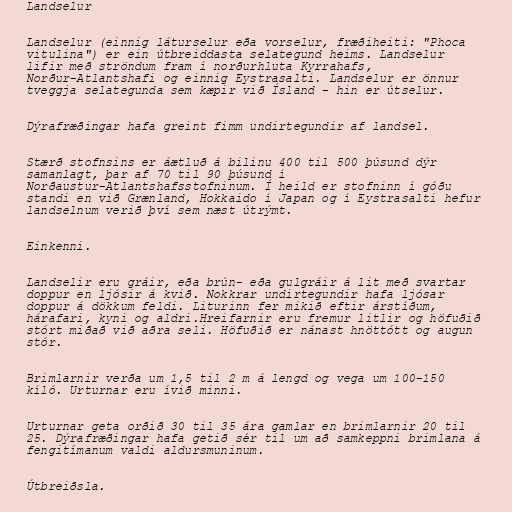
Landselur

Landselur (einnig láturselur eða vorselur, fræðiheiti: "Phoca
vitulina") er ein útbreiddasta selategund heims. Landselur
lifir með ströndum fram í norðurhluta Kyrrahafs,
Norður-Atlantshafi og einnig Eystrasalti. Landselur er önnur
tveggja selategunda sem kæpir við Ísland - hin er útselur.

Dýrafræðingar hafa greint fimm undirtegundir af landsel.

Stærð stofnsins er áætluð á bilinu 400 til 500 þúsund dýr
samanlagt, þar af 70 til 90 þúsund í
Norðaustur-Atlantshafsstofninum. Í heild er stofninn í góðu
standi en við Grænland, Hokkaido í Japan og í Eystrasalti hefur
landselnum verið því sem næst útrýmt.

Einkenni.

Landselir eru gráir, eða brún- eða gulgráir á lit með svartar
doppur en ljósir á kvið. Nokkrar undirtegundir hafa ljósar
doppur á dökkum feldi. Liturinn fer mikið eftir árstíðum,
hárafari, kyni og aldri.Hreifarnir eru fremur litlir og höfuðið
stórt miðað við aðra seli. Höfuðið er nánast hnöttótt og augun
stór.

Brimlarnir verða um 1,5 til 2 m á lengd og vega um 100-150
kíló. Urturnar eru ívið minni.

Urturnar geta orðið 30 til 35 ára gamlar en brimlarnir 20 til
25. Dýrafræðingar hafa getið sér til um að samkeppni brimlana á
fengitímanum valdi aldursmuninum.

Útbreiðsla.